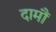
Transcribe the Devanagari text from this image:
दामौं